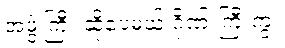
အဖွဲ့ကြီး ဆိုပေမယ့် ဂိုဏ်းကြီးကွ။